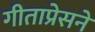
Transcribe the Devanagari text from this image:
गीताप्रेसने